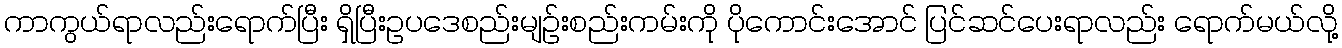
ကာကွယ်ရာလည်းရောက်ပြီး ရှိပြီးဥပဒေစည်းမျဉ်းစည်းကမ်းကို ပိုကောင်းအောင် ပြင်ဆင်ပေးရာလည်း ရောက်မယ်လို့